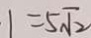
1 = 5 \sqrt { 2 }